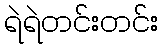
ရဲရဲတင်းတင်း